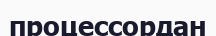
процессордан